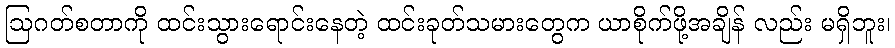
ဩဂတ်စတာကို ထင်းသွားရောင်းနေတဲ့ ထင်းခုတ်သမားတွေက ယာစိုက်ဖို့အချိန် လည်း မရှိဘူး၊